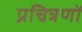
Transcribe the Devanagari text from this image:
प्रचित्रणों